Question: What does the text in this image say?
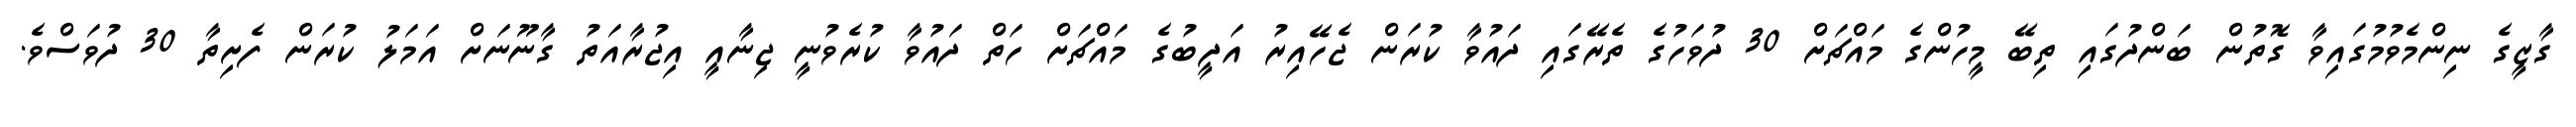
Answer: ގާޒީގެ ނިންމެވުމުގައިވާ ގޮތުން ބަންދުގައި ތިބޭ މީހުންގެ މައްޗަށް 30 ދުވަހުގެ ތެރޭގައި ދައުވާ ކުރަން ޖެހޭއިރު އަދީބުގެ މައްޗަށް ހަތް ދައުވާ ކުރެވުނީ ޖިނާއީ އިޖުރާއަތު ގާނޫނަށް އަމަލު ކުރަން ފެށިތާ 30 ދުވަސްވެ.